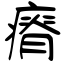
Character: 瘠